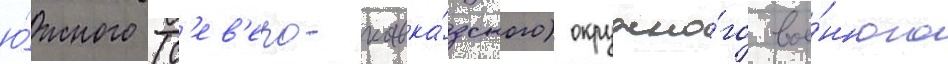
ю́жного (с'ев'еро-кавка́зского) окружно́го вое́нного